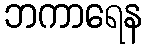
ဘကာရေန